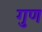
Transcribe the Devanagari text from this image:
गुण